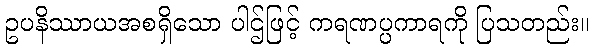
ဥပနိဿာယအစရှိသော ပါဌ်ဖြင့် ကရဏပ္ပကာရကို ပြသတည်း။